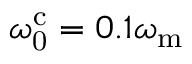
\omega _ { \mathrm { 0 } } ^ { \mathrm { c } } = 0 . 1 \omega _ { \mathrm { m } }